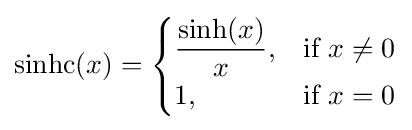
\mathrm {sinhc} (x)={\begin{cases}{\displaystyle {\frac {\sinh(x)}{x}},}&{\text{if }}x\neq 0\\{\displaystyle 1,}&{\text{if }}x=0\end{cases}}